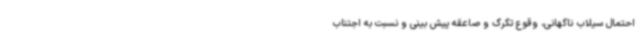
احتمال سیلاب ناگهانی، وقوع تگرگ و صاعقه پیش بینی و نسبت به اجتناب